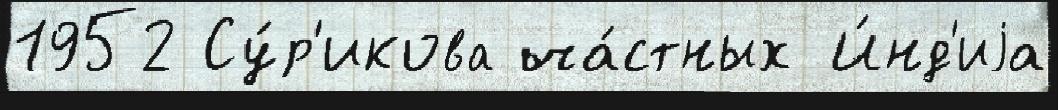
1952 Су́р'икова ча́стных И́нд'иjа